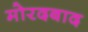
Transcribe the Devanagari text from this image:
मोरदबाद